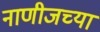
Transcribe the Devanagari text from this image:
नाणीजच्या